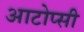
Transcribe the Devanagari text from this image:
आटोप्सी